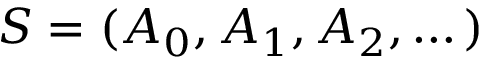
{ \cal S } = ( A _ { 0 } , A _ { 1 } , A _ { 2 } , \dots )